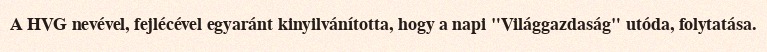
A HVG nevével, fejlécével egyaránt kinyilvánította, hogy a napi "Világgazdaság" utóda, folytatása.